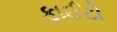
ફાઈટો